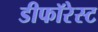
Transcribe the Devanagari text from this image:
डीफॉरेस्ट